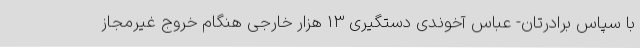
با سپاس برادرتان- عباس آخوندی دستگیری 13 هزار خارجی هنگام خروج غیرمجاز